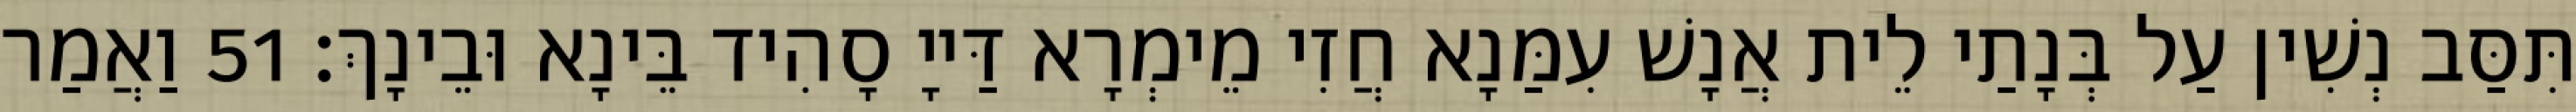
תִּסַּב נְשִׁין עַל בְּנָתַי לֵית אֲנָשׁ עִמַּנָא חֲזִי מֵימְרָא דַּייָ סָהִיד בֵּינָא וּבֵינָךְ׃ 51 וַאֲמַר